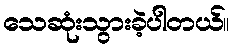
သေဆုံးသွားခဲ့ပါတယ်။